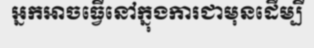
អ្នកអាចធ្វើនៅក្នុងការជាមុនដើម្បី